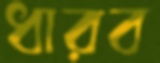
ধারব